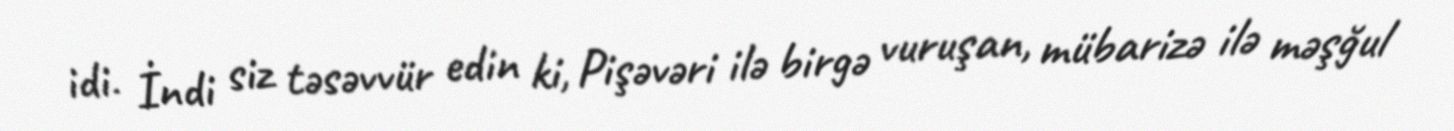
idi. İndi siz təsəvvür edin ki, Pişəvəri ilə birgə vuruşan, mübarizə ilə məşğul